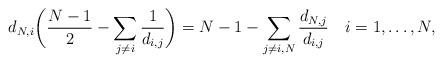
LaTeX: \begin{align*}d_{N, i}\bigg( \frac{N-1}{2}-\sum_{j\not= i} \frac{1}{d_{i,j}}\bigg) = N-1-\sum_{j\not= i,N} \frac{d_{N, j}}{d_{i,j}} \ \ \ i=1,\dots,N,\end{align*}